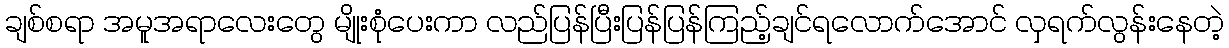
ချစ်စရာ အမူအရာလေးတွေ မျိုးစုံပေးကာ လည်ပြန်ပြီးပြန်ပြန်ကြည့်ချင်ရလောက်အောင် လှရက်လွန်းနေတဲ့